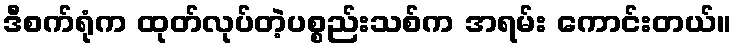
ဒီစက်ရုံက ထုတ်လုပ်တဲ့ပစ္စည်းသစ်က အရမ်း ကောင်းတယ်။